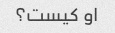
او کیست؟